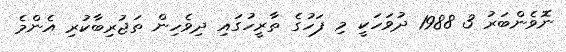
ނޮވެންބަރު 3 1988 ދުވަހަކީ މި ފަހުގެ ތާރީހުގައި ދިވެހިން ތަޖުރިބާކުރި އެންމެ